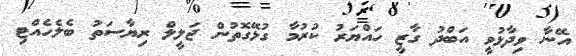
އޭނާ ވިދާޅުވީ އަބްދު ގާޒީ ހައްޔަރު ކުރުމާ ގުޅޭގޮތުން ޖަލީލް ރިޔާސަތު ބެލެހެއްޓި